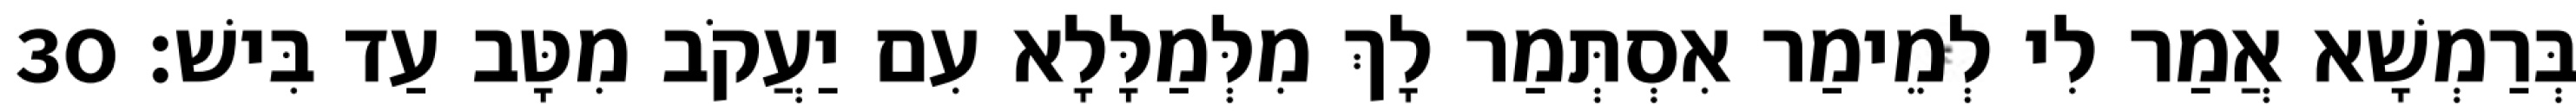
בְּרַמְשָׁא אֲמַר לִי לְמֵימַר אִסְתְּמַר לָךְ מִלְּמַלָּלָא עִם יַעֲקֹב מִטָּב עַד בִּישׁ׃ 30